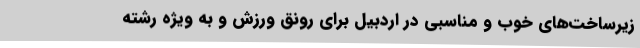
زیرساخت‌های خوب و مناسبی در اردبیل برای رونق ورزش و به ویژه رشته